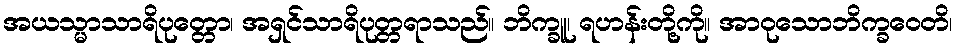
အယသ္မာသာရိပုတ္တော၊ အရှင်သာရိပုတ္တရာသည်။ ဘိက္ခူ၊ ရဟန်းတို့ကို။ အာဝုသောဘိက္ခဝေတိ၊